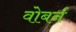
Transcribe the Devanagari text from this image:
वोबर्न